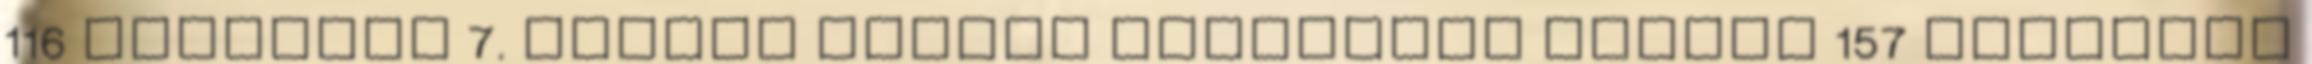
116 szavazat 7. Holhos Csilla független jelölt 157 szavazat